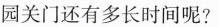
园关门还有多长时间呢?